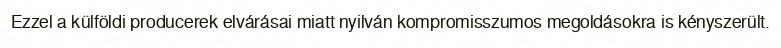
Ezzel a külföldi producerek elvárásai miatt nyilván kompromisszumos megoldásokra is kényszerült.